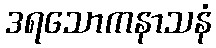
ဒရသောကနာသနံ